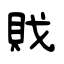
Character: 戝